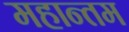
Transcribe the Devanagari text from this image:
महान्तम